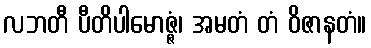
လဘတီ ပီတိပါမောဇ္ဇံ၊ အမတံ တံ ဝိဇာနတံ။